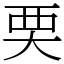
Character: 䙲